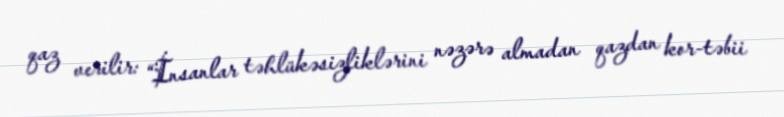
qaz verilir: “İnsanlar təhlükəsizliklərini nəzərə almadan qazdan kor-təbii